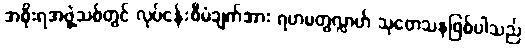
အစိုးရအဖွဲ့သစ်တွင် လုပ်ငန်းစီမံချက်အား ရဟမတွလ္လာဟ် သုတေသနဖြစ်ပါသည်